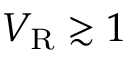
V _ { \mathrm { R } } \gtrsim 1